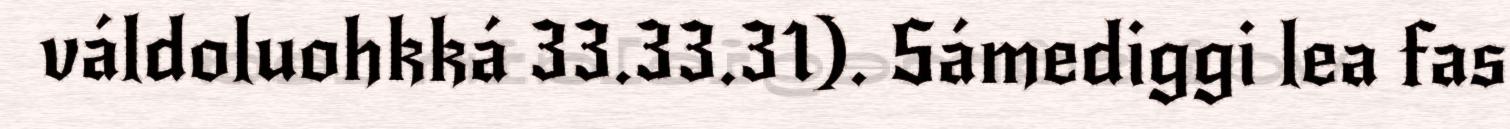
váldoluohkká 33.33.31). Sámediggi lea fas